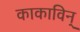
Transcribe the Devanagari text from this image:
काकाविन्